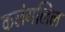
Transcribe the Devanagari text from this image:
कलंगलिल